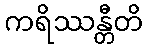
ကရိဿန္တီတိ